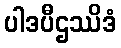
ပါဒပီဌဿိဒံ